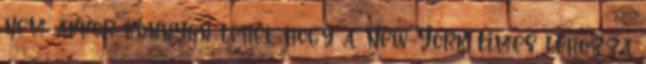
nem akkor könnyen lehet, hogy a New-York Times lehozza